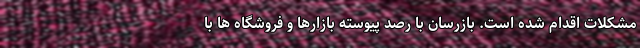
مشکلات اقدام شده است. بازرسان با رصد پیوسته بازارها و فروشگاه ها با